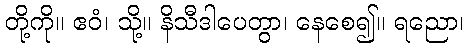
တို့ကို။ ဧဝံ၊ သို့။ နိသီဒါပေတွာ၊ နေစေ၍။ ရညော၊